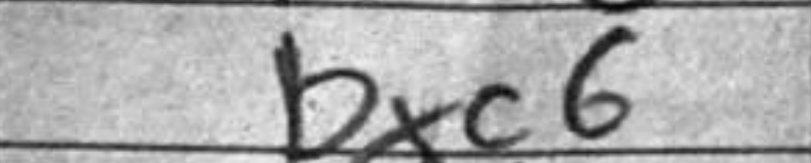
Transcription: bxc6